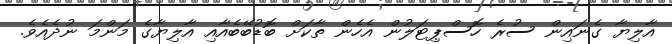
އާލިޔާ ގެނައިން ސުރެ ހޮސްޕިޓަލުން އެހެން ތާކަށް ބޮޑުބޭބެއާއި އާލިޔާގެ މަންމަ ނުދެއެވެ.